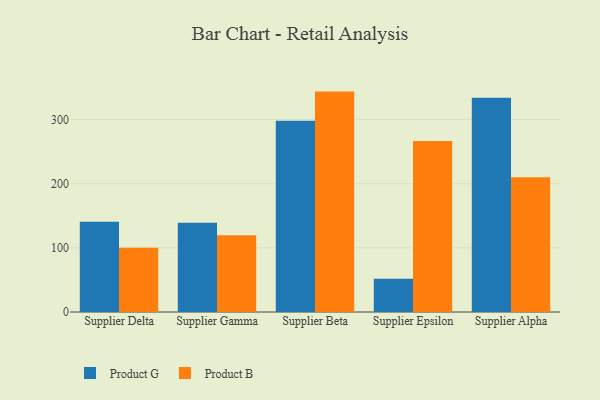
{"axis": {"x": "Supplier", "y": "Headcount"}, "legend": ["Product B", "Product G"], "data": [{"x": "Supplier Delta", "y": 140.8, "type": "Product G"}, {"x": "Supplier Delta", "y": 100.0, "type": "Product B"}, {"x": "Supplier Gamma", "y": 139.0, "type": "Product G"}, {"x": "Supplier Gamma", "y": 119.6, "type": "Product B"}, {"x": "Supplier Beta", "y": 298.2, "type": "Product G"}, {"x": "Supplier Beta", "y": 343.7, "type": "Product B"}, {"x": "Supplier Epsilon", "y": 51.7, "type": "Product G"}, {"x": "Supplier Epsilon", "y": 266.8, "type": "Product B"}, {"x": "Supplier Alpha", "y": 334.0, "type": "Product G"}, {"x": "Supplier Alpha", "y": 210.1, "type": "Product B"}]}